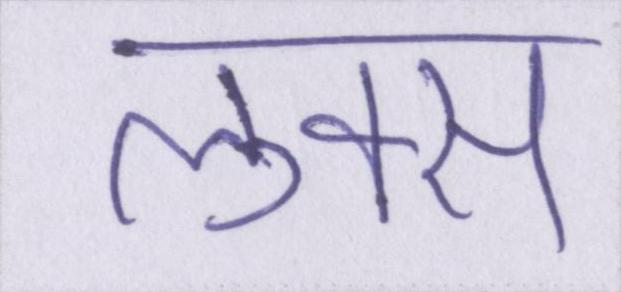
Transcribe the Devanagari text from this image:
लुक्स